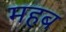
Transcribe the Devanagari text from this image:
महब